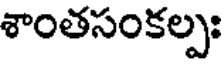
శాంతసంకల్పః